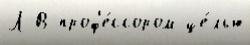
Л В проф'е́ссором це́лью